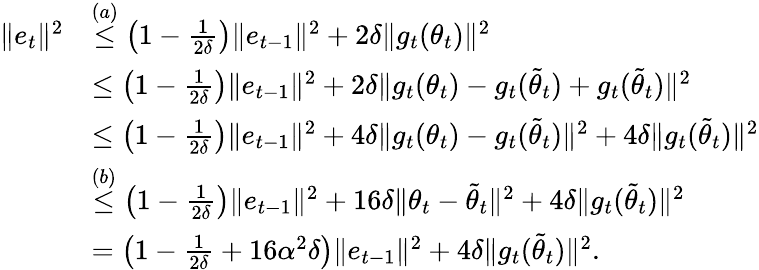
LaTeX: \begin{array}{rl}{\Vert e_{t}\Vert^{2}}&{\overset{(a)}\leq\left(1-\frac{1}{2\delta}\right)\Vert e_{t-1}\Vert^{2}+2\delta\Vert{g}_{t}(\theta_{t})\Vert^{2}}\\ &{\leq\left(1-\frac{1}{2\delta}\right)\Vert e_{t-1}\Vert^{2}+2\delta\Vert{g}_{t}(\theta_{t})-{g}_{t}(\tilde{\theta}_{t})+{g}_{t}(\tilde{\theta}_{t})\Vert^{2}}\\ &{\leq\left(1-\frac{1}{2\delta}\right)\Vert e_{t-1}\Vert^{2}+4\delta\Vert{g}_{t}(\theta_{t})-{g}_{t}(\tilde{\theta}_{t})\Vert^{2}+4\delta\Vert{g}_{t}(\tilde{\theta}_{t})\Vert^{2}}\\ &{\overset{(b)}\leq\left(1-\frac{1}{2\delta}\right)\Vert e_{t-1}\Vert^{2}+16\delta\Vert\theta_{t}-\tilde{\theta}_{t}\Vert^{2}+4\delta\Vert{g}_{t}(\tilde{\theta}_{t})\Vert^{2}}\\ &{=\left(1-\frac{1}{2\delta}+16\alpha^{2}\delta\right)\Vert e_{t-1}\Vert^{2}+4\delta\Vert{g}_{t}(\tilde{\theta}_{t})\Vert^{2}.}\end{array}